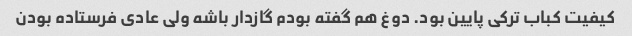
کیفیت کباب ترکی پایین بود. دوغ هم گفته بودم گازدار باشه ولی عادی فرستاده بودن